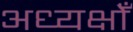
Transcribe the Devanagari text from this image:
अध्यक्षोँ